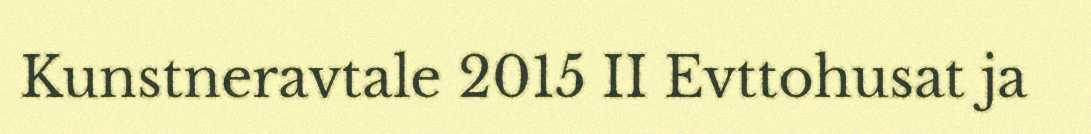
Kunstneravtale 2015 II Evttohusat ja